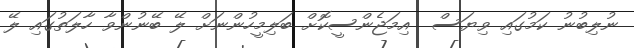
ނުލިބުނު ކަމުގައި ވިޔަސް  އިމަޖެންސީކޮށް ބަލިމީހުންނަށް ލޭ ބޭނުންވާ ހާލަތުގައި ލޭ